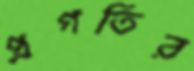
প্রগতির